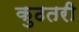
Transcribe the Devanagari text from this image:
कुठतरी